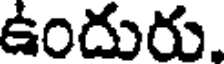
ఉందురు.